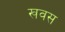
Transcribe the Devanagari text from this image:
खवस